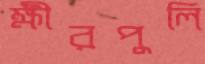
ক্ষীরপুলি